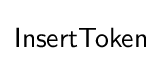
{\mathsf {InsertToken}}